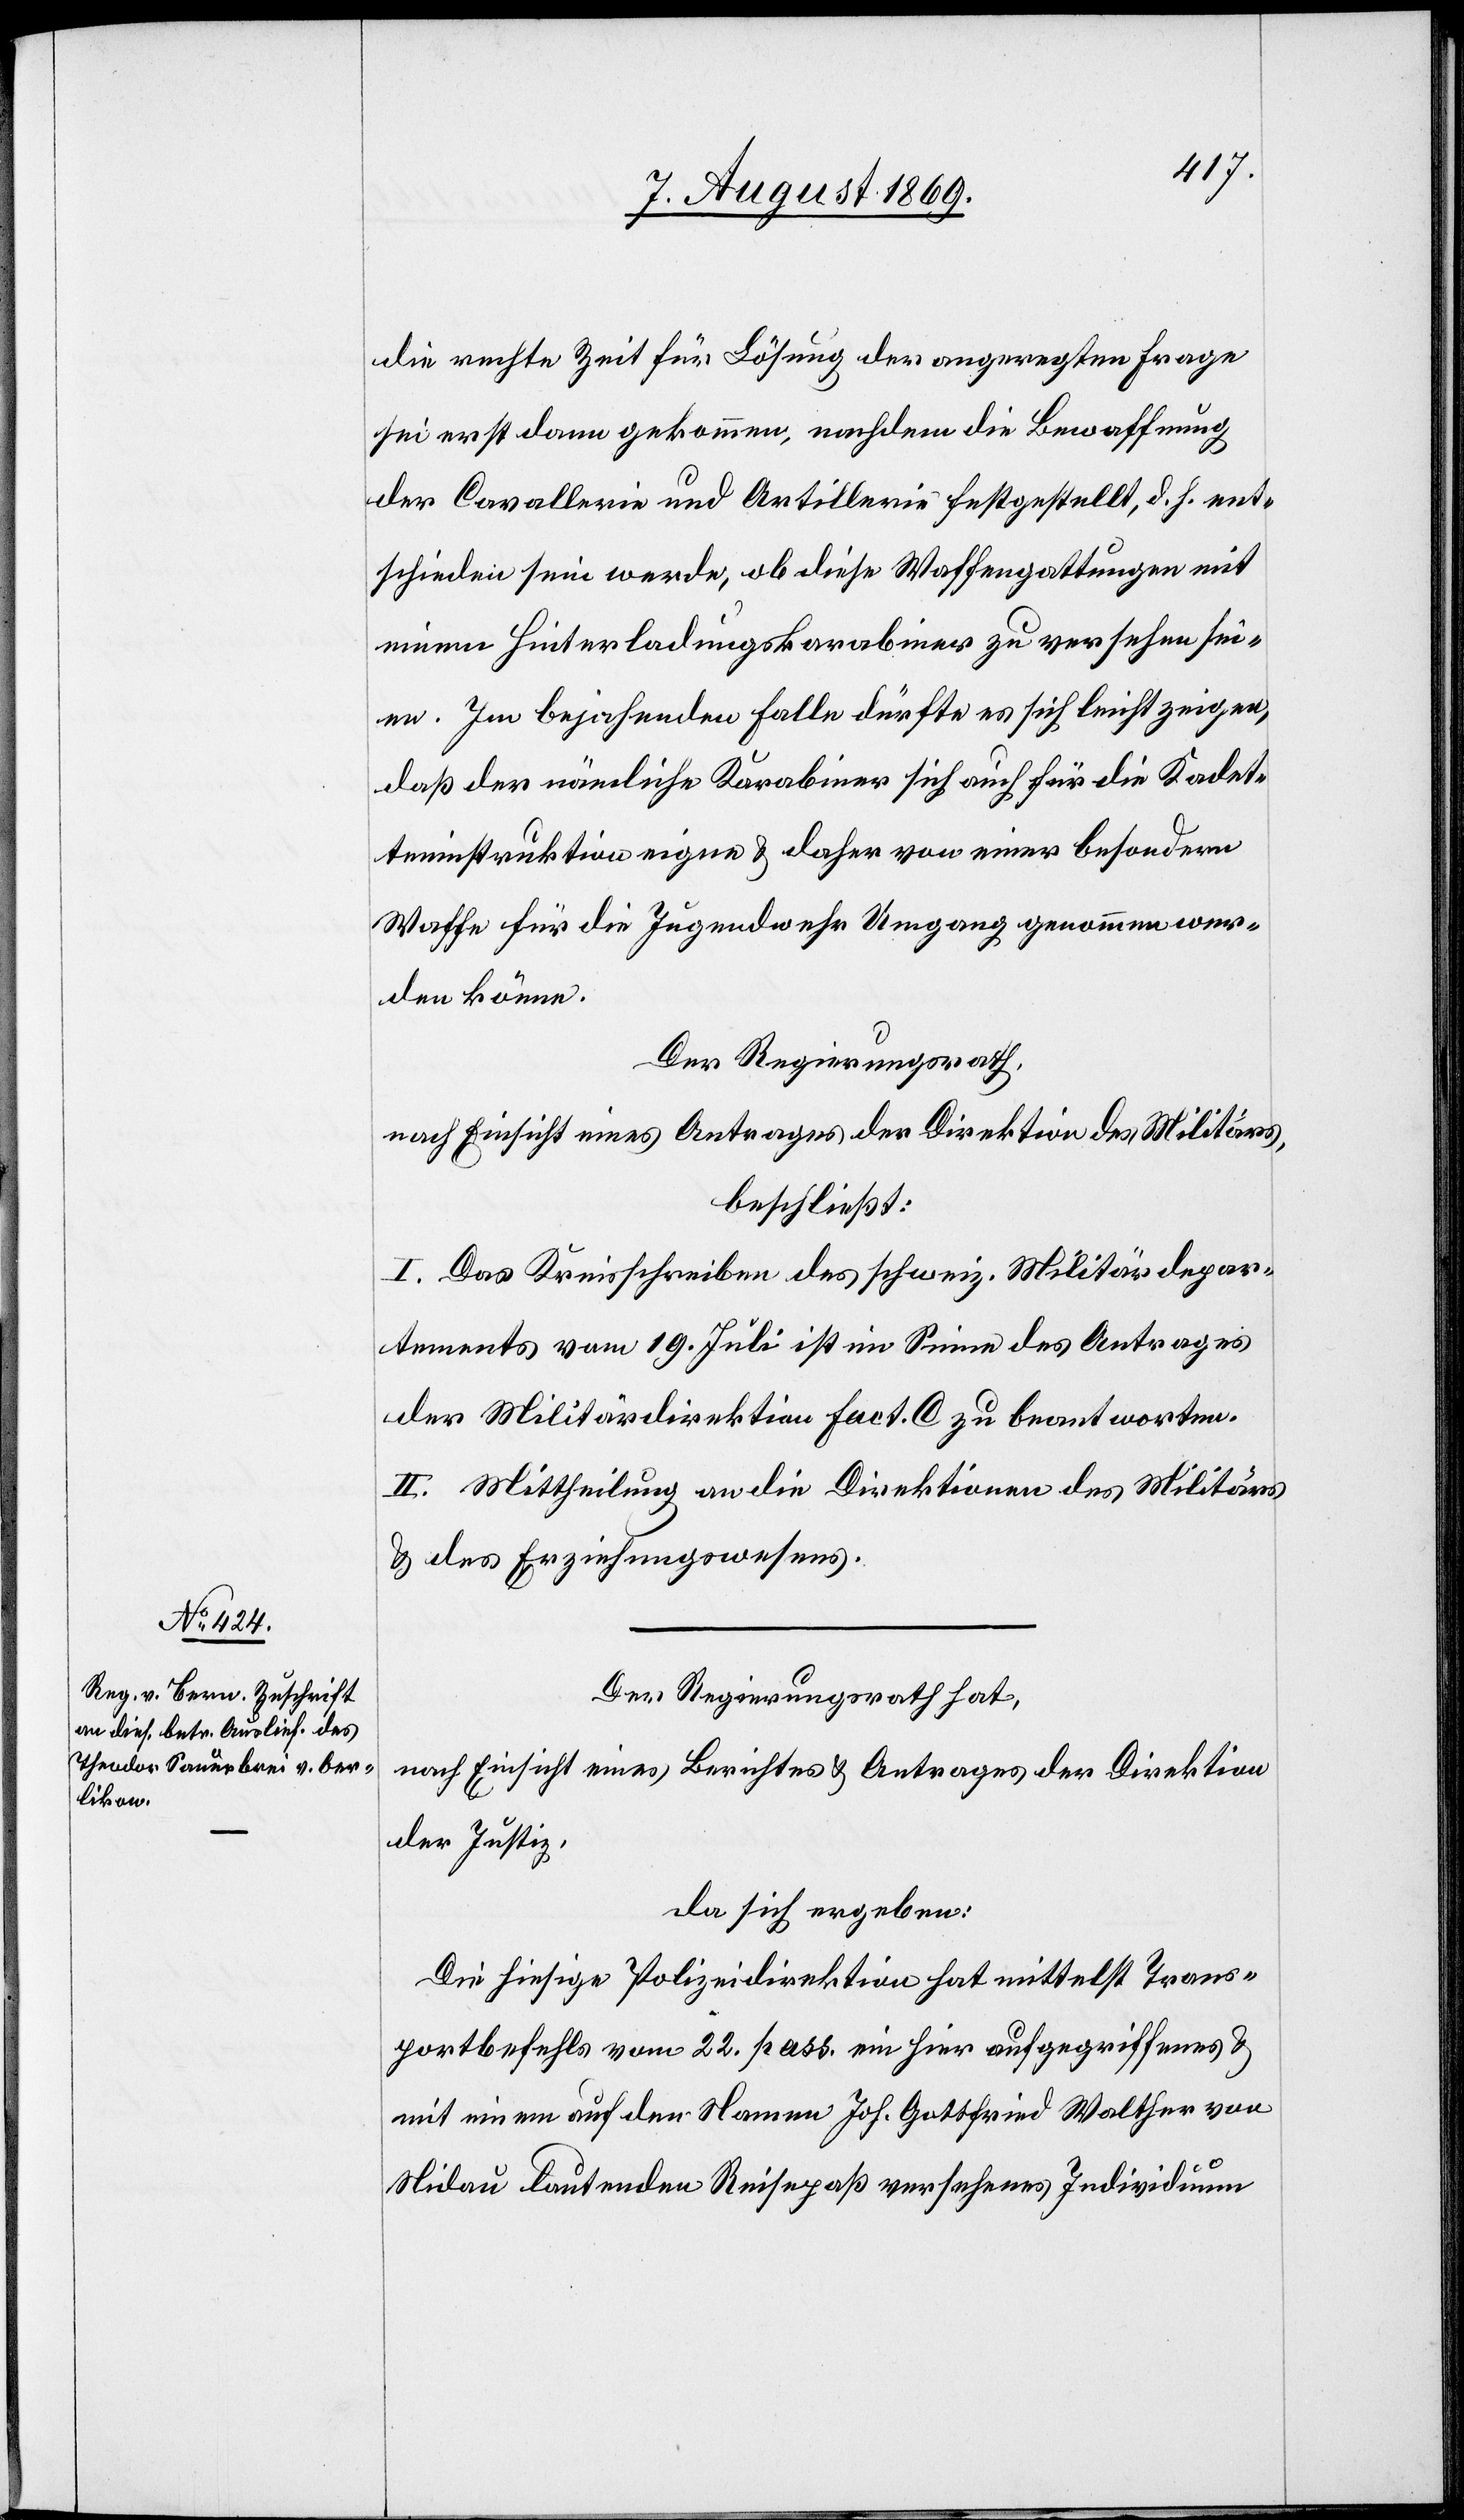
die rechte Zeit für Lösung der angeregten Frage
sei erst dann gekommen, nachdem die Bewaffnung
der Cavallerie und Artillerie festgestellt, d. h. ent¬
schieden sein werde, ob diese Waffengattungen mit
einem Hinterladungskarabiner zu versehen sei¬
en. Im bejahenden Falle dürfte es sich leicht zeigen,
daß der nämliche Karabiner sich auch für die Kadet¬
teninstruktion eigne & daher von einer besondern
Waffe für die Jugendwehr Umgang genommen wer¬
den könne.
Der Regierungsrath,
nach Einsicht eines Antrages der Direktion des Militärs,
beschließt:
I. Das Kreisschreiben des schweiz. Militärdepar¬
tements vom 19. Juli ist im Sinne des Antrages
der Militärdirektion Fact. C zu beantworten.
II. Mittheilung an die Direktionen des Militärs
& des Erziehungswesens.
Der Regierungsrath hat,
nach Einsicht eines Berichtes & Antrages der Direktion
der Justiz,
da sich ergeben:
Die hiesige Polizeidirektion hat mittelst Trans¬
portbefehls vom 22 pass. ein hier aufgegriffenes &
mit einem auf den Namen Joh. Gottfried Walther von
Nidau lautenden Reisepaß versehenes Individuum